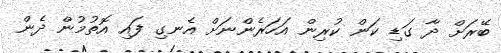
ބޭރަށް ދާ ގަޑި ކަން ކުރިން އަހަރެންނަށް އެނގި ފައި އޮތުމުން ދެން